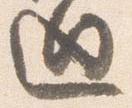
廻